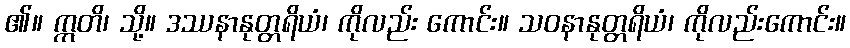
၏။ ဣတိ၊ သို့။ ဒဿနာနုတ္တရိယံ၊ ကိုလည်း ကောင်း။ သဝနာနုတ္တရိယံ၊ ကိုလည်းကောင်း။